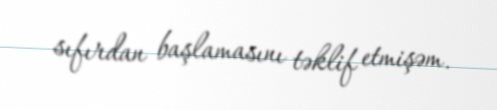
sıfırdan başlamasını təklif etmişəm.